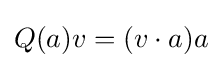
Q(a)v=(v\cdot a)a